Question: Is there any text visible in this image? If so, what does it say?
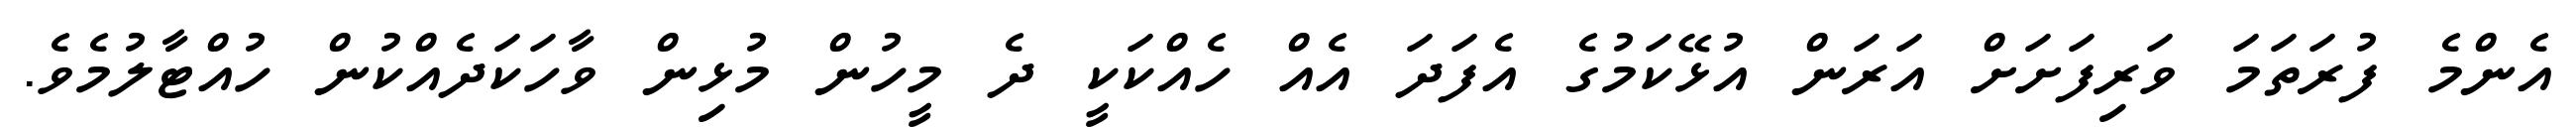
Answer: އެންމެ ފުރަތަމަ ވަރިފަށަށް އަރަން އުޅޭކަމުގެ އެފަދަ އެއް ހެއްކަކީ ދެ މީހުން މުޅިން ވާހަކަދެއްކުން ހުއްޓާލުމެވެ.